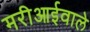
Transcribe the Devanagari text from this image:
मरीआईवाले